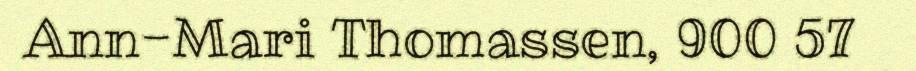
Ann-Mari Thomassen, 900 57